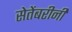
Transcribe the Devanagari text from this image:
सेतेंबरीनी